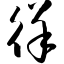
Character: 徉